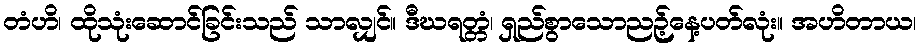
တံဟိ၊ ထိုသုံးဆောင်ခြင်းသည် သာလျှင်။ ဒီဃရတ္တံ၊ ရှည်စွာသောညဉ့်နေ့ပတ်လုံး။ အဟိတာယ၊